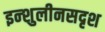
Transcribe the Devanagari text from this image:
इन्शुलीनसदृश